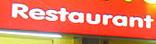
restaurant